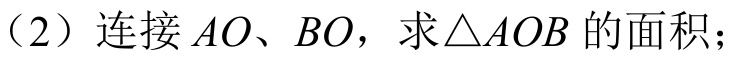
(2) 连接 \(AO、BO\)，求\(\triangle AOB\) 的面积；